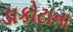
ડાકોટાના